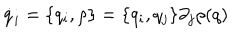
\dot { q } _ { i } = \{ q _ { i } , \rho \} = \{ q _ { i } , q _ { j } \} \partial _ { j } \rho ( q )